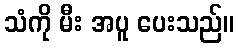
သံကို မီး အပူ ပေးသည်။